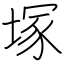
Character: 塚